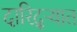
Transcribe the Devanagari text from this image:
दारिद्‌ऱ्यात